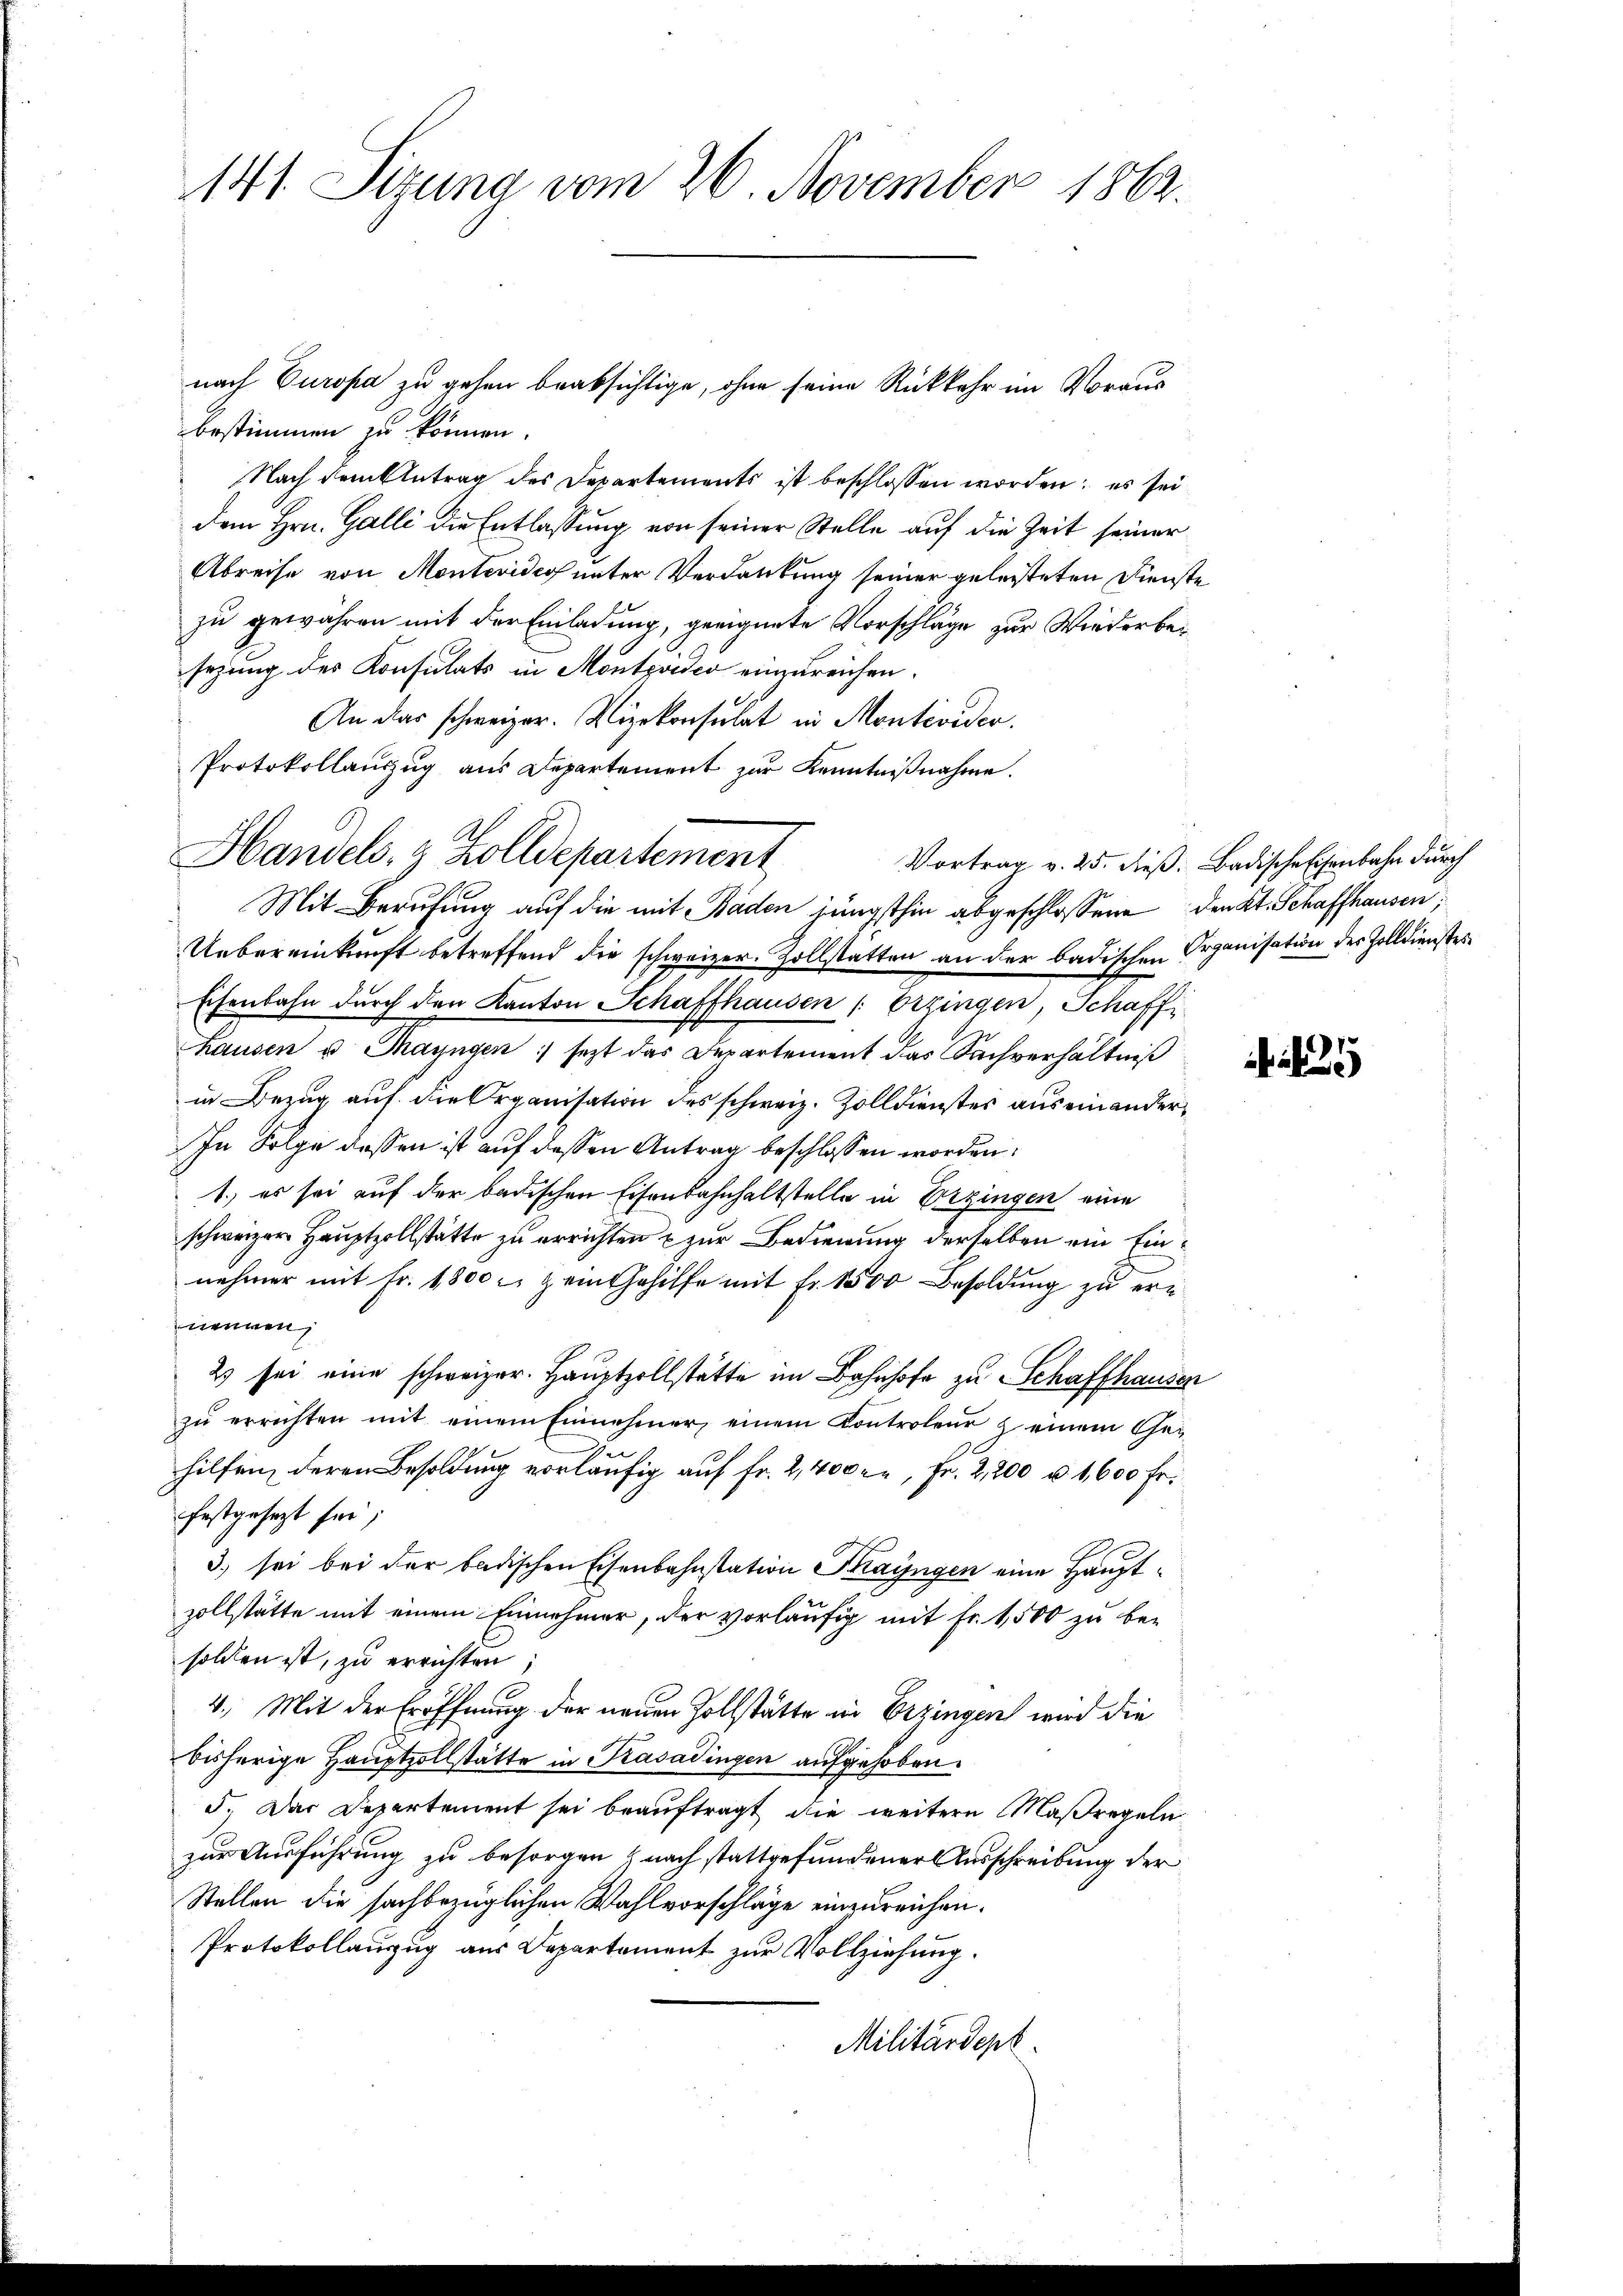
141. Sizung vom 26. November 1863.

nach Europa zu gehen beabsichtige, ohne seine Rückkehr im Voraus
bestimmen zu können.
Nach dem Antrag des Departements ist beschlossen worden; es sei
dem Hrn. Galli die Entlassung von seiner Stelle auf die Zeit seiner
Abreise von Montevideo unter Verdankung seiner geleisteten Dienste
zu gewähren mit der Einladung, geeignete Vorschläge zur Wiederbesezung des Konsulats in Montposer einzureichen.
An das schweizer. Vizekonsulat in Montevider.
Protokollauszug aus Departement zur Kenntnißnahme.
Mit Berufung auf die mit Baden jüngsthin abgeschlossene den Kt. Schaffhausen,
Uebereinkunft betreffend die schweizer. Zollstatten an der badischen Organisation des Zolldienstes
Eisenbahn durch den Kanton Schaffhausen Erzingen, Schaff
Hausen u. Mayngen: jezt das Departement das Sachverhältniß
in Bezug auf die Organisation des schweiz. Zolldienstes aus einander¬
In Folge dessen ist auf dessen Antrag beschlossen worden.
1.) es sei auf der badischen Eisenbahnhaltstelle in Erzingen eine
schweizer Hauptzollstätte zu errichten zur Bedienung derselben ein Einnehmer mit Fr. 1800 r. zum Gehilfe mit fr. 1500 Besoldung zu ernennen,
2) sei eine schweizer. Hauptzollstätte im Bahnhofe zu Schaffhausen
zŭ errichten mit einem Einnehmer, einem Controleur & einem Ge¬
Zu
hilfen, deren Besoldung vorläufig auf Fr. 2,400, Fr. 2,200 u. 1,600 fr.
festgesezt sei;
3.) sei bei der badischen Eisenbahnstation Thayngen eine Hauptzollstätte mit einem Einnehmer, der vorläufig mit Fr. 1,500 zu besolden ist, zu errichten;
4. Mit der Eröffnung der neuen Zollstätte in Erzingen wird die
bisherige Hauptzollstätte in Kasadingen aufgehoben.
5. Das Departement sei beauftragt die weitere Maßregeln
zur Ausführung zu besorgen (nach stattgefundener Ausschreibung der
Stellen die sachbezüglichen Wahlvorschläge einzureichen.
Protokollanzug aus Departement zur Vollziehung.
Militärdept.

Handels- & Zolldepartement

Vortrag v. 25. dieß: Badische Eisenbahn durch

35